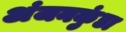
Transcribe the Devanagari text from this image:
अंजनकुंडा